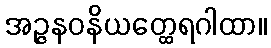
အဉ္ဇနဝနိယတ္ထေရဂါထာ။